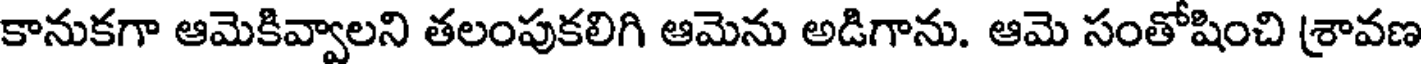
కానుకగా ఆమెకివ్వాలని తలంపుకలిగి ఆమెను అడిగాను. ఆమె సంతోషించి శ్రావణ